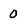
Character: 0